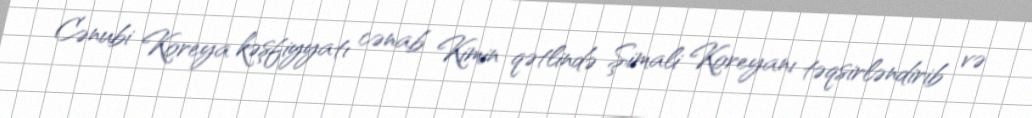
Cənubi Koreya kəşfiyyatı cənab Kimin qətlində Şimali Koreyanı təqsirləndirib və